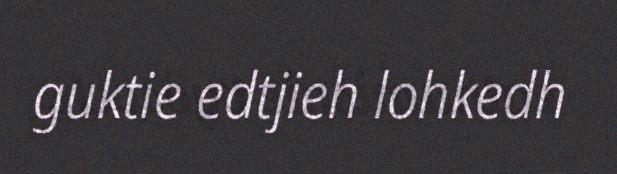
guktie edtjieh lohkedh